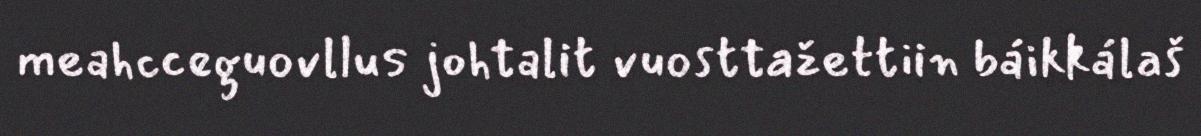
meahcceguovllus johtalit vuosttažettiin báikkálaš